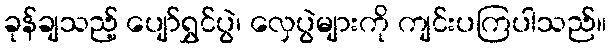
ခုန်ချသည့် ပျော်ရွှင်ပွဲ၊ လှေပွဲများကို ကျင်းပကြပါသည်။